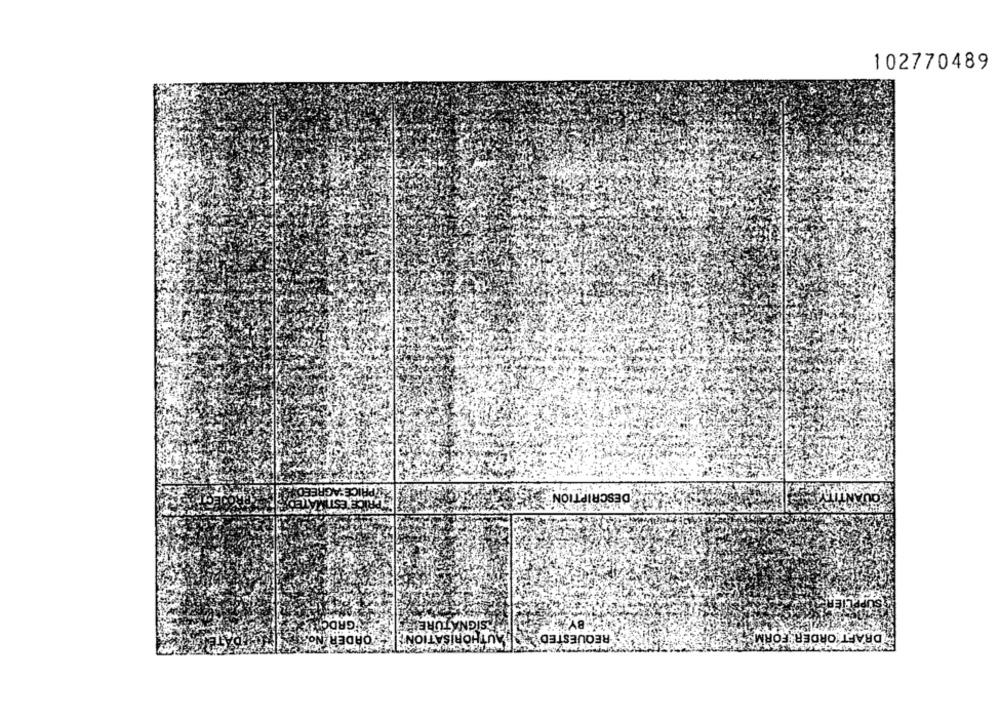
102770489
RICE AGREED"
ICE ESTIMATE
DESCRIPTION
GRDGI
SIGNATURE!
BYM
ORDER N
AUTHORISATION
REQUESTED
DRAFT ORDER FORM